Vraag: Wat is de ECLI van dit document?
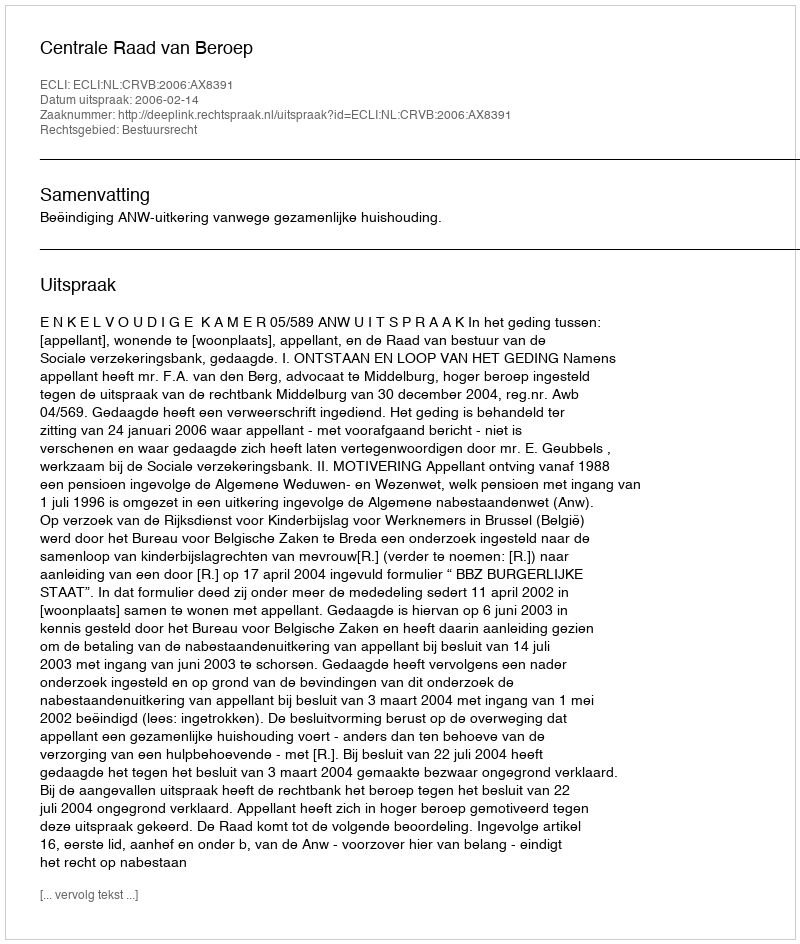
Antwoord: ECLI:NL:CRVB:2006:AX8391